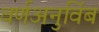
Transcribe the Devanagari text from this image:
वर्णअनुविंब